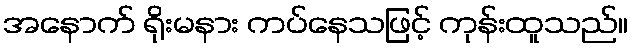
အနောက် ရိုးမနား ကပ်နေသဖြင့် ကုန်းထူသည်။